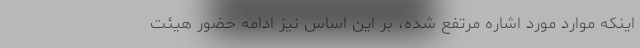
اینکه موارد مورد اشاره مرتفع شده، بر این اساس نیز ادامه حضور هیئت